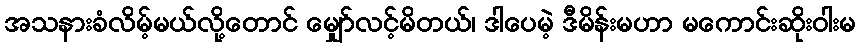
အသနားခံလိမ့်မယ်လို့တောင် မျှော်လင့်မိတယ်၊ ဒါပေမဲ့ ဒီမိန်းမဟာ မကောင်းဆိုးဝါးမ